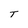
Character: T